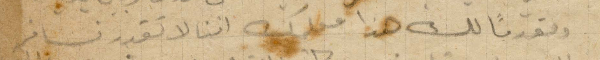
ومقدمًأ لك هذا مملك اننا لا تقدر نسافر